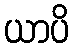
ယာပိ